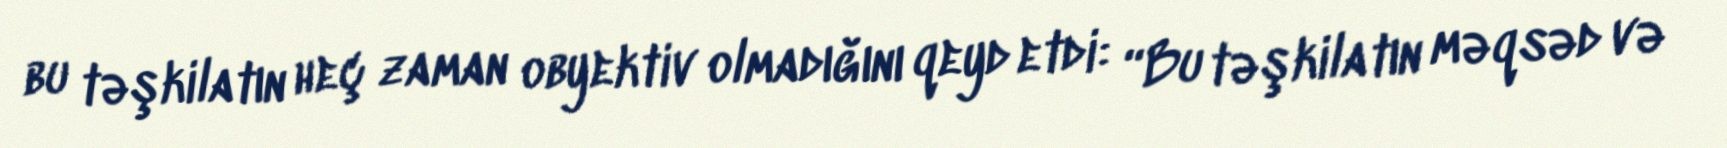
bu təşkilatın heç zaman obyektiv olmadığını qeyd etdi: “Bu təşkilatın məqsəd və